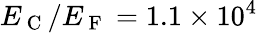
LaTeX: E_{\mathrm{~C~}}/E_{\mathrm{~F~}}=1.1\times 10^{4}